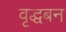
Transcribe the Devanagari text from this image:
वृद्धबन